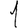
Digit: 1